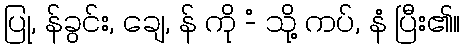
ပြု, န်ခွင်း, ချေ, န် ကို -ံ သို့ ကပ်, နံ ပြီး၏။